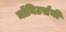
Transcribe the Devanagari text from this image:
मॉनिटर्सनी